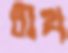
রীথ